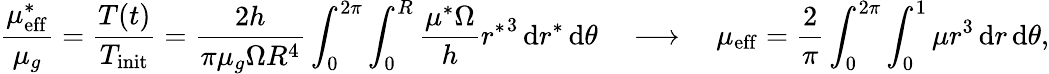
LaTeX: \frac{\mu_{\mathrm{eff}}^{*}}{\mu_{g}}=\frac{T(t)}{T_{\mathrm{init}}}=\frac{2h}{\pi\mu_{g}\Omega R^{4}}\int_{0}^{2\pi}\int_{0}^{R}\frac{\mu^{*}\Omega}{h}{r^{*}}^{3}\, \mathrm{d}r^{*}\, \mathrm{d}\theta~~~~\longrightarrow~~~~\mu_{\mathrm{eff}}=\frac{2}{\pi}\int_{0}^{2\pi}\int_{0}^{1}\mu{r}^{3}\, \mathrm{d}r\, \mathrm{d}\theta,